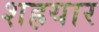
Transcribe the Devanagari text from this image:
शह्रयार